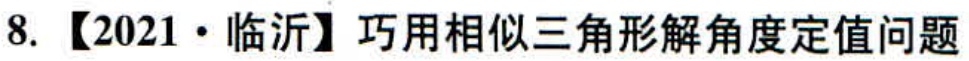
8. 【2021·临沂】巧用相似三角形解角度定值问题